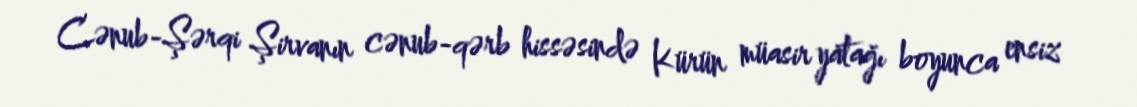
Cənub-Şərqi Şirvanın cənub-qərb hissəsində Kürün müasir yatağı boyunca ensiz